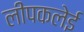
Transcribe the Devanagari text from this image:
लीपकलेई